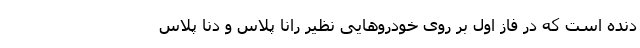
دنده است که در فاز اول بر روی خودروهایی نظیر رانا پلاس و دنا پلاس